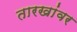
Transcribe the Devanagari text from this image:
तारखांवर